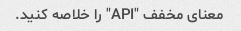
معنای مخفف "API" را خلاصه کنید.